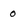
Character: 0